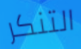
التنكر